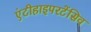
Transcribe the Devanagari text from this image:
एंटीहाइपरटेंसिव